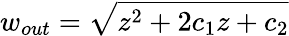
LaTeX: w_{out}=\sqrt{z^{2}+2c_{1}z+c_{2}}